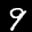
Label: 9